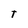
Character: T